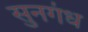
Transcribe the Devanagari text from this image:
सुनगंध